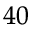
^ { 4 0 }